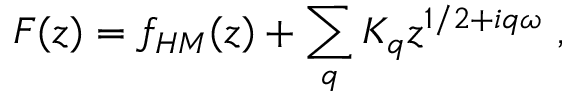
F ( z ) = f _ { H M } ( z ) + \sum _ { q } K _ { q } z ^ { 1 / 2 + i q \omega } \ ,